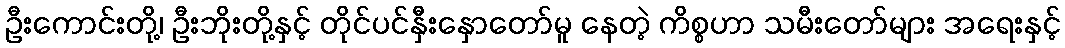
ဦးကောင်းတို့၊ ဦးဘိုးတို့နှင့် တိုင်ပင်နှီးနှောတော်မူ နေတဲ့ ကိစ္စဟာ သမီးတော်များ အရေးနှင့်